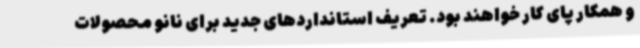
و همکار پای کار خواهند بود. تعریف استانداردهای جدید برای نانو محصولات